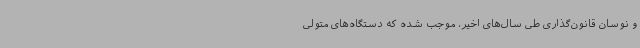
و نوسان قانون‌گذاری طی سال‌های اخیر، موجب شده که دستگاه‌های متولی